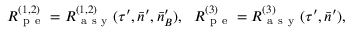
R _ { \mathrm { ~ p ~ e ~ } } ^ { ( 1 , 2 ) } = R _ { \mathrm { ~ a ~ s ~ y ~ } } ^ { ( 1 , 2 ) } ( \tau ^ { \prime } , \bar { n } ^ { \prime } , \bar { n } _ { B } ^ { \prime } ) , ~ ~ R _ { \mathrm { ~ p ~ e ~ } } ^ { ( 3 ) } = R _ { \mathrm { ~ a ~ s ~ y ~ } } ^ { ( 3 ) } ( \tau ^ { \prime } , \bar { n } ^ { \prime } ) ,